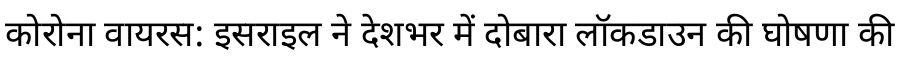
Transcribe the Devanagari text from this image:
कोरोना वायरस: इसराइल ने देशभर में दोबारा लॉकडाउन की घोषणा की